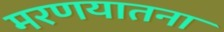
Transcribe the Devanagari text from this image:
मरणयातना